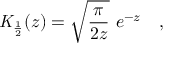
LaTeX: { \mathit { K } } _ { \frac { 1 } { 2 } } ( z ) = \sqrt { \frac { \pi } { 2 z } } ~ e ^ { - z } ~ ~ ~ ,